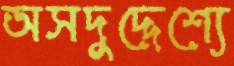
অসদুদ্দেশ্যে